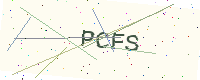
Text: PCFS